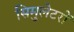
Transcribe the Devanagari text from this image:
सिमुलेटरों